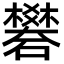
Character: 礬